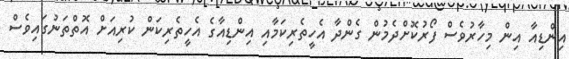
އިންޑިއާ އިން މިހާރުވެސް ފޯރުކޮށްދެމުން ގެންދާ އެހީތެރިކަމާއި އިންޑިއާގެ އެހީތެރިކަން ކުރިއަށް އޮތްތަނުގައިވެސް